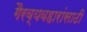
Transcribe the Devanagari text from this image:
गैरव्यवहारांसाठी